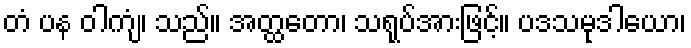
တံ ပန ဝါကျံ၊ သည်။ အတ္ထတော၊ သရုပ်အားဖြင့်။ ပဒသမုဒါယော၊